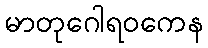
မာတုဂေါရဝကေန